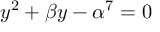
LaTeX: y ^ { 2 } + \beta y - \alpha ^ { 7 } = 0